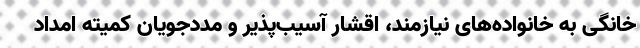
خانگی به خانواده‌های نیازمند، اقشار آسیب‌پذیر و مددجویان کمیته امداد